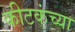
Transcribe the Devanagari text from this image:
कीटकंच्या